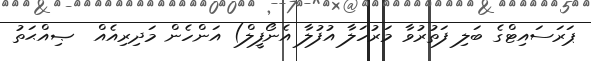
ޕަރަސައިޓްގެ ބަލި ފަތުރުވާ މަރުހަލާ އުފުލާ އެނޯފީލް) އަންހެން މަދިރިއެއް  ޞިއްޙަތު